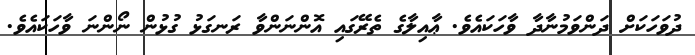
ދުވަހަކަށް ދަންވަމުނާދާ ވާހަކައެވެ. ޢާއިލާގެ ތެރޭގައި އޮންނަންވާ ރަނގަޅު ގުޅުން ނޯންނަ ވާހަކައެވެ.